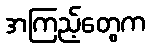
အကြည့်တွေက